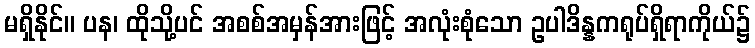
မရှိနိုင်။ ပန၊ ထိုသို့ပင် အစစ်အမှန်အားဖြင့် အလုံးစုံသော ဥပါဒိန္နကရုပ်ရှိရာကိုယ်၌